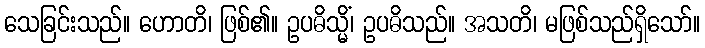
သေခြင်းသည်။ ဟောတိ၊ ဖြစ်၏။ ဥပဓိသ္မိံ၊ ဥပဓိသည်။ အသတိ၊ မဖြစ်သည်ရှိသော်။